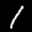
Label: 1